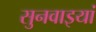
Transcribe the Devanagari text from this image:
सुनवाइयां